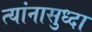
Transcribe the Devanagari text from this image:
त्यांनासुध्दा